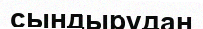
сындырудан